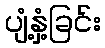
ပျံ့နှံ့ခြင်း